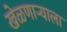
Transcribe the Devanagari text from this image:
खेळणाऱ्याला